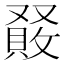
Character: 𠮆